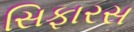
સિફારસ